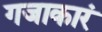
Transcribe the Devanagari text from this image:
गजाकारं